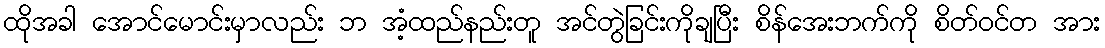
ထိုအခါ အောင်မောင်းမှာလည်း ဘ အံ့ထည်နည်းတူ အင်တွဲခြင်းကိုချပြီး စိန်အေးဘက်ကို စိတ်ဝင်တ အား